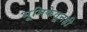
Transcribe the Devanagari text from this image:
भूमिकेतूनही